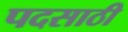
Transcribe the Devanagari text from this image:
पदसाठी